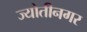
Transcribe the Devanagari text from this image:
ज्योतीनगर